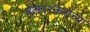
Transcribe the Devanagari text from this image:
बेलवरकरांच्या